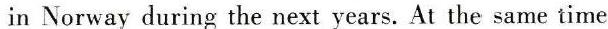
in Norway during the next years. At the same time